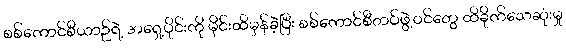
စစ်ကောင်စီယာဉ်ရဲ့ အရှေ့ပိုင်းကို မိုင်းထိမှန်ခဲ့ပြီး စစ်ကောင်စီတပ်ဖွဲ့ဝင်တွေ ထိခိုက်သေဆုံးမှု